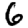
Digit: 6